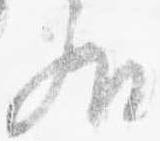
外